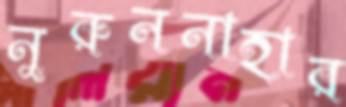
নুরুননাহার